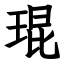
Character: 琨